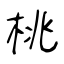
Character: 桃